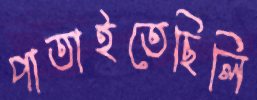
পাতাইতেছিলি